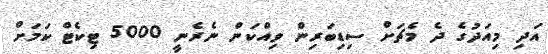
އަދި މިއަދުގެ ދެ މެޗަށް ސިޑިބަރިން ވިއްކަން ނެރެނީ 5000 ޓިކެޓް ކަމަށް